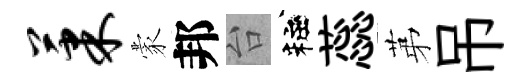
果蒙邦台粧蕊苐吊